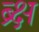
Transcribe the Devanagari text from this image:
ब्र्क्ष